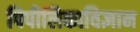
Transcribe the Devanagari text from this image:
पिपीलिकाविज्ञान